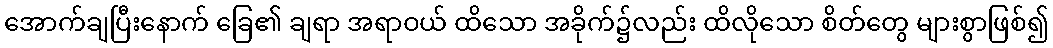
အောက်ချပြီးနောက် ခြေ၏ ချရာ အရာဝယ် ထိသော အခိုက်၌လည်း ထိလိုသော စိတ်တွေ များစွာဖြစ်၍